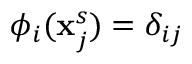
{ \phi } _ { i } ( \mathbf { x } _ { j } ^ { s } ) = \delta _ { i j }